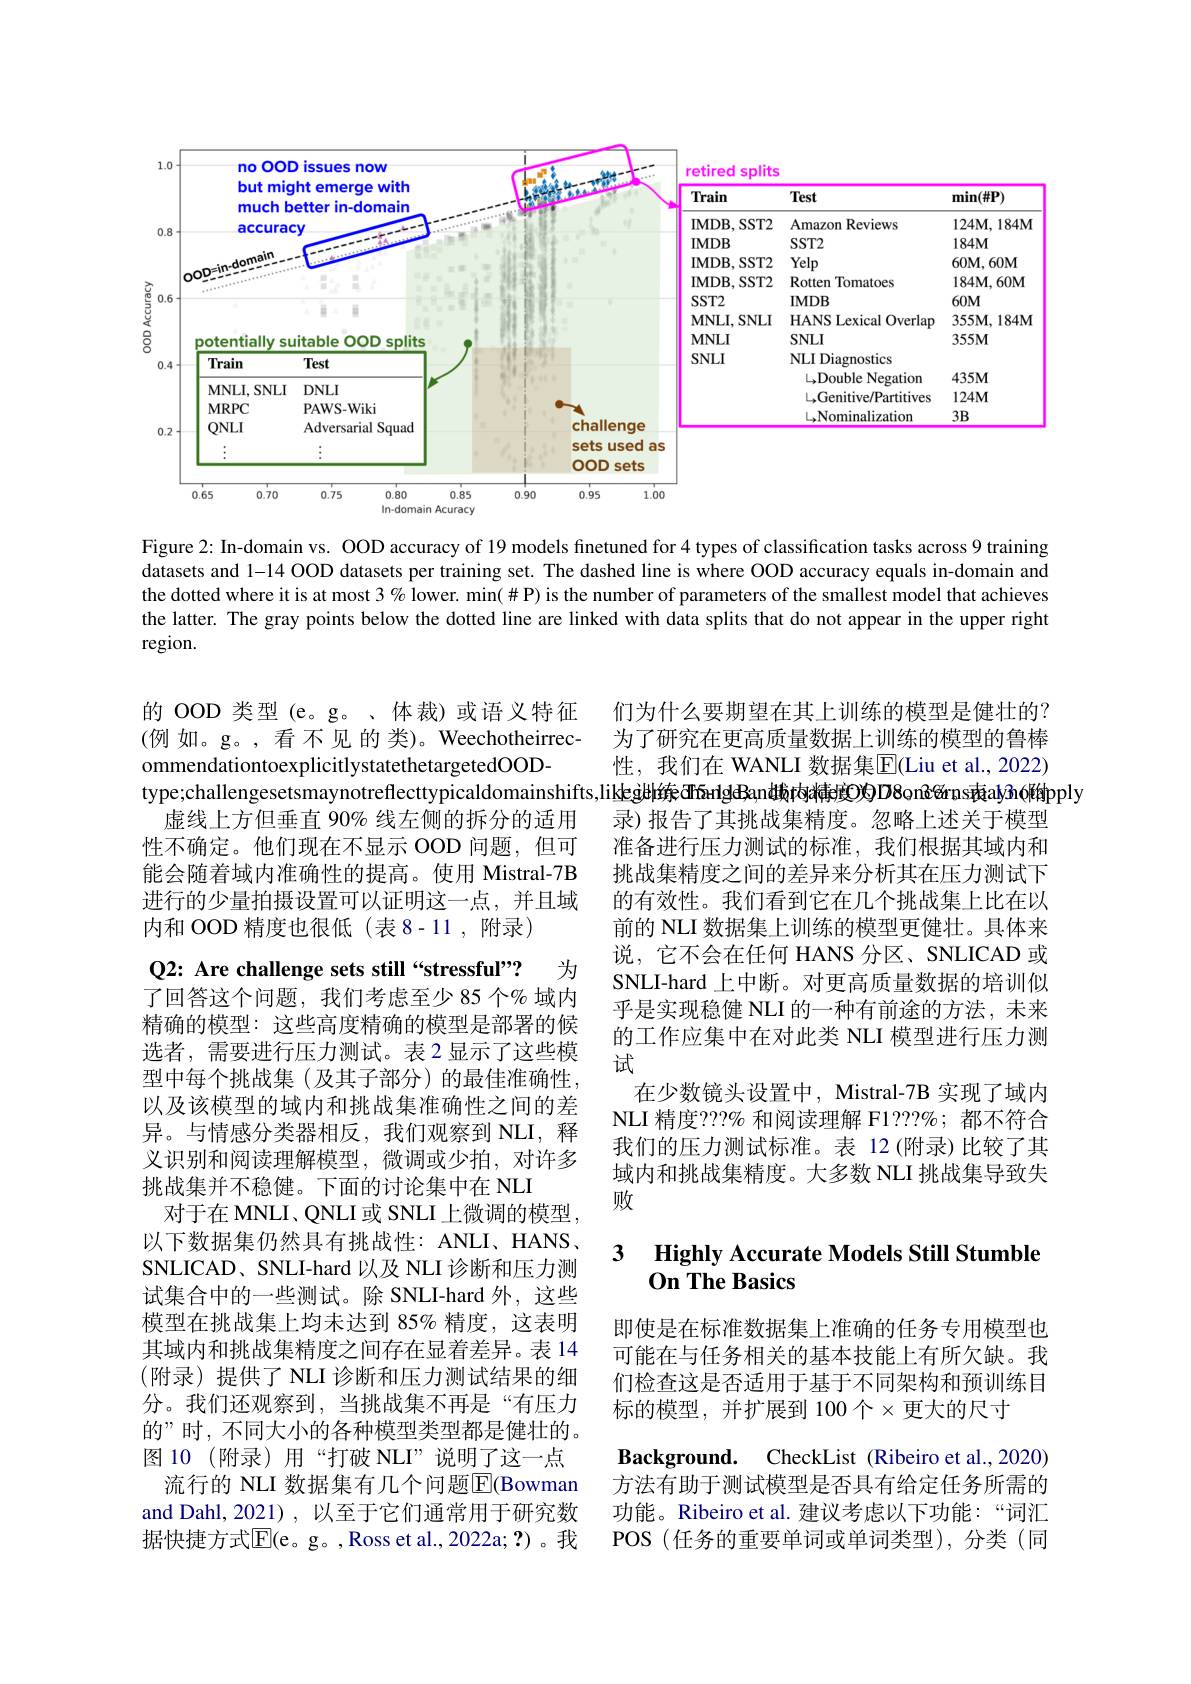
<FigureHere>

Figure 2: In-domain vs. OOD accuracy of 19 models finetuned for 4 types of classification tasks across 9 training datasets and 1-14 OOD datasets per training set. The dashed line is where OOD accuracy equals in-domain and the dotted where it is at most 3 % lower. min(# P) is the number of parameters of the smallest model that achieves the latter. The gray points below the dotted line are linked with data splits that do not appear in the upper right region.

的 OOD 类型 (e。g。、体裁)或语义特征(例如。g。,看不见的类)。WeechotheirrecommendationtoexplicitlystatethetargetedOOD-
type;challengesetsmaynotreflecttypicaldomainshifts,liklejül练GTFsrlgdBand城内精e度)D8onGérns南alyñ(附pply
虚线上方但垂直 90% 线左侧的拆分的适用性不确定。他们现在不显示 OOD 问题，但可能会随着域内准确性的提高。使用 Mistral-7B 进行的少量拍摄设置可以证明这一点，并且域内和 OOD 精度也很低(表 8-11, 附录)

们为什么要期望在其上训练的模型是健壮的？ 为了研究在更高质量数据上训练的模型的鲁棒性，我们在 WANLI 数据集E|(Liu et al., 2022) 录)报告了其挑战集精度。忽略上述关于模型准备进行压力测试的标准，我们根据其域内和挑战集精度之间的差异来分析其在压力测试下的有效性。我们看到它在几个挑战集上比在以前的 NLI 数据集上训练的模型更健壮。具体来说，它不会在任何 HANS 分区、SNLICAD 或SNLI-hard\_上中断。对更高质量数据的培训似乎是实现稳健 NLI 的一种有前途的方法，未来的工作应集中在对此类 NLI 模型进行压力测试
在少数镜头设置中，Mistral-7B 实现了域内NLI 精度？??% 和阅读理解 F1???%; 都不符合我们的压力测试标准。表 12(附录)比较了其域内和挑战集精度。大多数 NLI 挑战集导致失败

### 3 Highlv Accurate Models Still Stumble $On$ The Basics

Q2: Are challenge sets still “stressful”? 为了回答这个问题，我们考虑至少 85 个% 域内精确的模型：这些高度精确的模型是部署的候选者，需要进行压力测试。表 2 显示了这些模型中每个挑战集(及其子部分)的最佳准确性以及该模型的域内和挑战集准确性之间的差异。与情感分类器相反，我们观察到 NLI, 释义识别和阅读理解模型，微调或少拍，对许多挑战集并不稳健。下面的讨论集中在 NLI
对于在 MNLI、QNLI 或 SNLI 上微调的模型以下数据集仍然具有挑战性：ANLI、HANS, SNLICAD、SNLI-hard 以及 NLI 诊断和压力测试集合中的一些测试。除 SNLI-hard 外，这些模型在挑战集上均未达到 85% 精度，这表明其域内和挑战集精度之间存在显着差异。表 14 (附录)提供了 NLI 诊断和压力测试结果的细分。我们还观察到，当挑战集不再是“有压力的”时，不同大小的各种模型类型都是健壮的。图 10 (附录)用“打破 NLI”说明了这一点
流行的 NLI 数据集有几个问题$\overline{\mathbb{E}}($Bowman and Dahl, 2021), 以至于它们通常用于研究数据快捷方式$\overline{\mathbb{E}}($e。g。,Ross et al.,2022a;?)。我

即使是在标准数据集上准确的任务专用模型也可能在与任务相关的基本技能上有所欠缺。我们检查这是否适用于基于不同架构和预训练目标的模型，并扩展到 100个$\times$更大的尺寸

Background. CheckList (Ribeiro et al.,2020) 方法有助于测试模型是否具有给定任务所需的功能。Ribeiro et al. 建议考虑以下功能：“词汇POS (任务的重要单词或单词类型),分类 (同